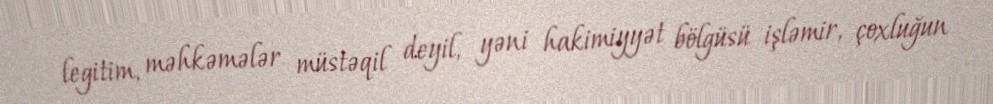
legitim, məhkəmələr müstəqil deyil, yəni hakimiyyət bölgüsü işləmir, çoxluğun